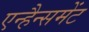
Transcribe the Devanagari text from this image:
एन्हैन्समेंट